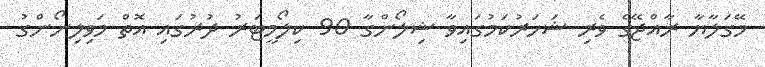
މޭގަލާޔާ ރާއްޖޭގެ ވެރި ޝަހަރުކަމުގައިވާ ޝިލޯންގާ 90 ކިލޯމީޓަރު ދުރުގައި އޮތް މަވިލިނޯންގު